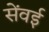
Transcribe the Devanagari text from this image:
सेंवई